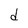
Character: d